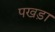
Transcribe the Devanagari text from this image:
पखड़ा